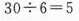
$$3 0 \div 6 = 5$$